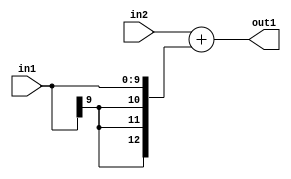
`timescale 1ps / 1ps
/*****************************************************************************
    Verilog RTL Description
    
    
    Created by: Stratus DpOpt 2019.1.01 
*******************************************************************************/

module DC_Filter_Add_13Sx10S_13S_1 (
	in2,
	in1,
	out1
	); /* architecture "behavioural" */ 
input [12:0] in2;
input [9:0] in1;
output [12:0] out1;
wire [12:0] asc001;

assign asc001 = 
	+(in2)
	+({{3{in1[9]}}, in1});

assign out1 = asc001;
endmodule

/* CADENCE  ubL0Sgk= : u9/ySgnWtBlWxVPRXgAZ4Og= ** DO NOT EDIT THIS LINE ******/